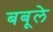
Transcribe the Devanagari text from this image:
बबूले